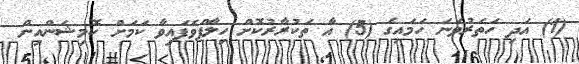
(1) އަދި ހަތަރުވަނަ ހަމައިގެ (5) އާ ތަކުރާރުކޮށް ހިލާފްވެފައިވާ ކަމަށް ކޮމިޝަންއިން